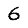
Digit: 6